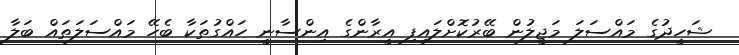
ޝަހީދުގެ މައްސަލަ މަޖީލުން ބޭރުކޮށްލައިފި އީރާންގެ އިންސާނީ ހައްގުތަކާ ބެހޭ މައްސަލަތައް ބަލާ